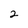
Character: 2